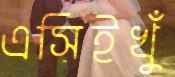
এসিইখুঁ